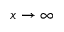
x \rightarrow \infty